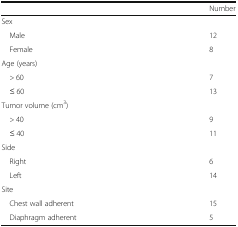
|  | Number |
 | --- | --- |
 | <COLSPAN=2> Sex |
 | Male | 12 |
 | Female | 8 |
 | <COLSPAN=2> Age (years) |
 | > 60 | 7 |
 | ≤ 60 | 13 |
 | <COLSPAN=2> Tumor volume (cm3) |
 | > 40 | 9 |
 | ≤ 40 | 11 |
 | <COLSPAN=2> Side |
 | Right | 6 |
 | Left | 14 |
 | <COLSPAN=2> Site |
 | Chest wall adherent | 15 |
 | Diaphragm adherent | 5 |